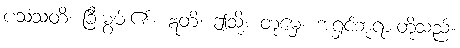
ပသံသတိ၊ ခြီးမွမ်း၏။ ဣတိ၊ ဤသို့။ တုမှေ၊ အရှင်ဘုရားတို့သည်။